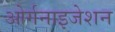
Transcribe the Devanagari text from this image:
ओर्गनाइजेशन